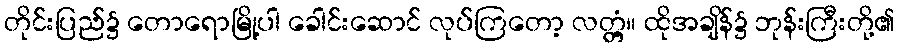
တိုင်းပြည်၌ တောရောမြို့ပါ ခေါင်းဆောင် လုပ်ကြတော့ လတ္တံ့။ ထိုအချိန်၌ ဘုန်းကြီးတို့၏